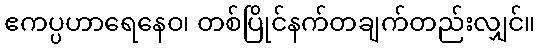
ဧကပ္ပဟာရေနေဝ၊ တစ်ပြိုင်နက်တချက်တည်းလျှင်။